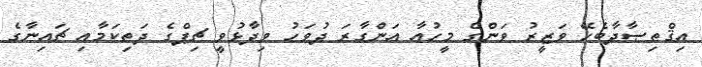
އިޤްތިޞާދާބެހޭ ވަޒީރު ވަންގް މީހުއާ އަންގާރަ ދުވަހު ވިދާޅުވީ ޗިޕްގެ ދަތިކަމާއި ޗައިނާގެ